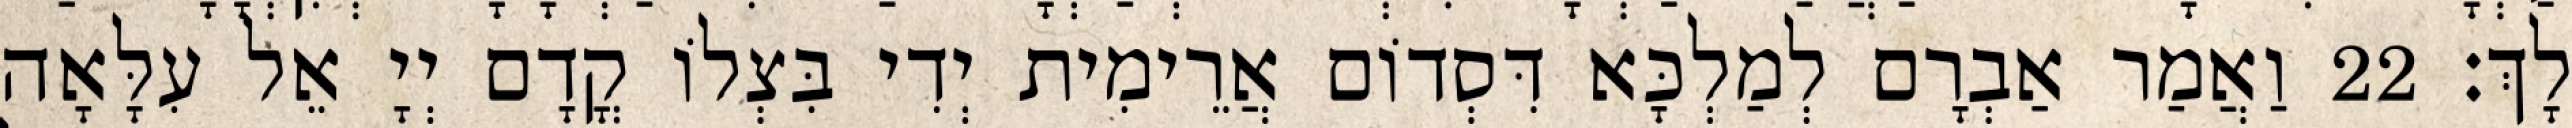
לָךְ׃ 22 וַאֲמַר אַבְרָם לְמַלְכָּא דִּסְדוֹם אֲרֵימִית יְדִי בִּצְלוֹ קֳדָם יְיָ אֵל עִלָּאָה